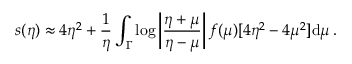
s ( \eta ) \approx 4 \eta ^ { 2 } + \frac { 1 } { \eta } \int _ { \Gamma } \log \left| \frac { \eta + \mu } { \eta - \mu } \right| f ( \mu ) [ 4 \eta ^ { 2 } - 4 \mu ^ { 2 } ] \mathrm { d } \mu \, .